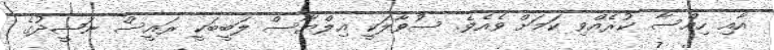
އާއި ހިއްސާ ކުރެއްވި ކަމަށް ވެއެވެ. ސުވާލަކީ އިލްޔާސް ލަބީބަކީ ރައީސް ނަޝީދުގެ